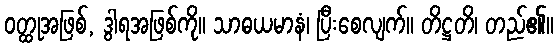
ဝတ္ထုအဖြစ်, ဒွါရအဖြစ်ကို။ သာဓယမာနံ၊ ပြီးစေလျက်။ တိဋ္ဌတိ၊ တည်၏။